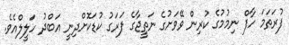
ފުރަތަމަ ހާފް ނިމުމުގެ ކުރިން ވޭވަށުގެ ނަތީޖާގެ ފަރަގު ކުޑަކޮށްދިނީ އަބްދު ހަލީލްއެވެ.